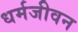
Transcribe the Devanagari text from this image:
धर्मजीवन